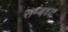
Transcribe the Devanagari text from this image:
सम्बध्द